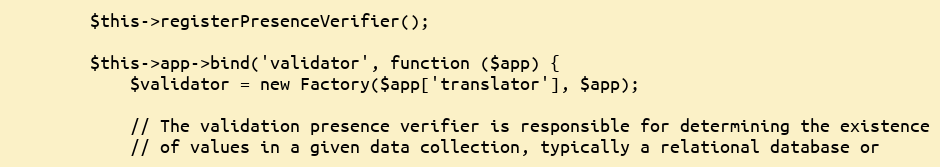
Language: PHP
        $this->registerPresenceVerifier();

        $this->app->bind('validator', function ($app) {
            $validator = new Factory($app['translator'], $app);

            // The validation presence verifier is responsible for determining the existence
            // of values in a given data collection, typically a relational database or